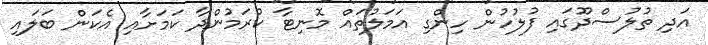
އަދި ތުލުސްދޫގައި ފުލުހުން ހިންގި އަމަލުތައް މޮނިޓާ ކުރަމުންދާ ކަމަށާއި އެކަން ބަލައި